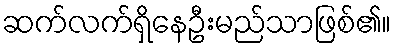
ဆက်လက်ရှိနေဦးမည်သာဖြစ်၏။